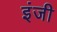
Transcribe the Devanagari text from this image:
इंजी